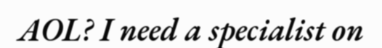
AOL? I need a specialist on